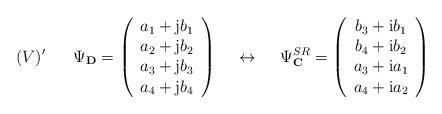
LaTeX: \begin{align*}(V)' \hspace{7mm} \Psi_{\bf D} =\left(\begin{array}{c}a_1 +{\rm j}b_1 \\a_2 +{\rm j}b_2 \\a_3 +{\rm j}b_3 \\a_4 +{\rm j}b_4\end{array}\right) \hspace{5mm} \leftrightarrow \hspace{5mm}\Psi^{SR}_{\bf C} =\left(\begin{array}{c}b_3+{\rm i}b_1 \\b_4+{\rm i}b_2 \\a_3+{\rm i}a_1 \\a_4+{\rm i}a_2\end{array}\right)\end{align*}